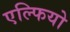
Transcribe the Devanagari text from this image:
एल्फियो